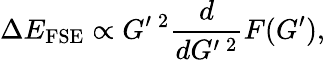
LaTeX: \Delta E_{\mathrm{FSE}}\propto G^{\prime}\, ^{2}\frac{d}{dG^{\prime}\, ^{2}}F(G^{\prime}),